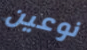
نوعين